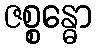
ဇစ္စန္ဓော